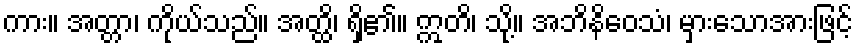
ကား။ အတ္တာ၊ ကိုယ်သည်။ အတ္ထိ၊ ရှိ၏။ ဣတိ၊ သို့။ အဘိနိဝေသံ၊ မှားသောအားဖြင့်